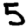
Digit: 5